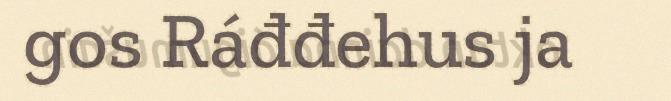
gos Ráđđehus ja